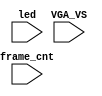
`timescale 1ns/1ps

module mister_dump(
    input           VGA_VS,
    input           led,
    input   [31:0]  frame_cnt
);

`ifdef DUMP
`ifndef NCVERILOG // iVerilog:
    initial begin
        // #(200*100*1000*1000);
        $display("DUMP enabled");
        $dumpfile("test.lxt");
    end
    `ifdef LOADROM
    always @(negedge led) if( $time > 20000 ) begin // led = downloading signal
        $display("DUMP starts");
        $dumpvars(0,mister_test);
        $dumpon;
    end
    `else
        `ifdef DUMP_START
        always @(negedge VGA_VS) if( frame_cnt==`DUMP_START ) begin
        `else
            initial begin
        `endif
            $display("DUMP starts");
            `ifdef DEEPDUMP
                $dumpvars(0,mister_test);
            `else
                $dumpvars(1,mister_test.UUT.u_game.u_main);
            `endif
            $dumpon;
        end
    `endif
`else // NCVERILOG
    `ifdef DUMP_START
    always @(negedge VGA_VS) if( frame_cnt==`DUMP_START ) begin
    `else
    initial begin
    `endif
        $display("NC Verilog: will dump all signals");
        $shm_open("test.shm");
        `ifdef DEEPDUMP
            $shm_probe(mister_test,"AS");
        `else
            $shm_probe(UUT.u_game.u_prom_we,"AS");
            $shm_probe(UUT.u_base.u_sdram,"AS");
        `endif
    end
`endif
`endif

endmodule // mist_dump